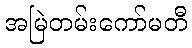
အမြဲတမ်းကော်မတီ